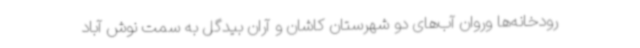
رودخانه‌ها وروان آب‌های دو شهرستان کاشان و آران بیدگل به سمت نوش آباد